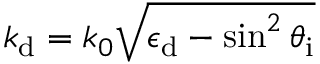
k _ { \mathrm { d } } = k _ { 0 } \sqrt { \epsilon _ { \mathrm { d } } - \sin ^ { 2 } \theta _ { \mathrm { i } } }